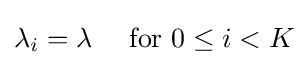
\lambda _{i}=\lambda \quad {\text{ for }}0\leq i<K